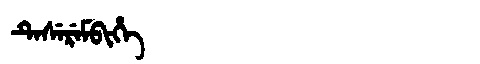
Manchu: ᡨᡝᠰᡝᡵᡝᠮᠪᡳᡥᡝ
Romanization: TESEREMBIHE